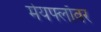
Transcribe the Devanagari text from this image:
मेयफ्लाॅवर